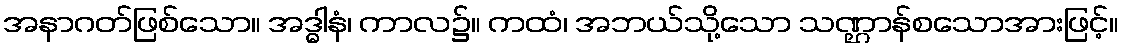
အနာဂတ်ဖြစ်သော။ အဒ္ဓါနံ၊ ကာလ၌။ ကထံ၊ အဘယ်သို့သော သဏ္ဌာန်စသောအားဖြင့်။